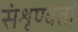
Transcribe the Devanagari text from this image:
संशृण्वतां